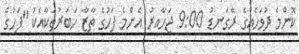
ކޮންމެ ދުވަހެއްގެ ރޭގަނޑު 9:00 ޖަހާއިރު އެންމެ ފަހުގެ ތާޒާ ހަބަރުތަކާއެކު "ފަހުގެ